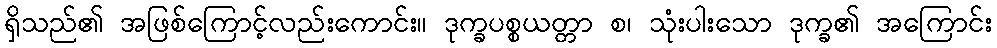
ရှိသည်၏ အဖြစ်ကြောင့်လည်းကောင်း။ ဒုက္ခပစ္စယတ္တာ စ၊ သုံးပါးသော ဒုက္ခ၏ အကြောင်း